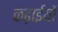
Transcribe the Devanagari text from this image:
कढ़ाईयों